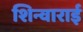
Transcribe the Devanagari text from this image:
शिन्वाराई